Report on vaccination North-West Frontier Province 1904-1922 - 1904-1922
Year: 1904
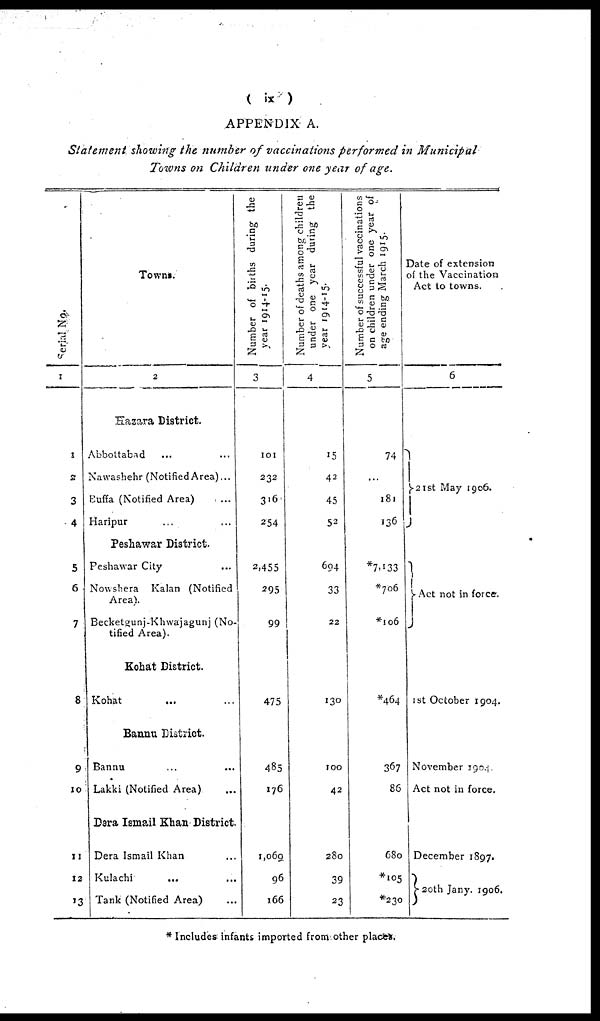
( ix )
APPENDIX A.
Statement showing the number of vaccinations performed in Municipal
Towns on Children under one year of age.
Serial No.
1
1
2
3
4
5
6
7
8
9
10
11
12
13
Towns.
2
Hazara District.
Abbottabad ... ...
Nawashehr (Notified Area)...
Buffa (Notified Area) ...
Haripur ... ...
Peshawar District.
Peshawar City ...
Nowshera
Kalan (Notified
Area).
Becketgunj-Khwajagunj (No-
tified Area).
Kohat District.
Kohat ... ...
Bannu District.
Bannu ... ...
Lakki (Notified Area) ...
Dera Ismail Khan District.
Dera Ismail Khan ...
Kulachi ... ...
Tank (Notified Area) ...
Number of births during the
year 1914-15.
3
101
232
316
254
2,455
295
99
475
485
176
1,069
96
166
Number of deaths among children
under one year during the
year 1914-15.
4
15
42
45
52
694
33
22
130
100
42
280
39
23
Number of successful vaccinations
on children under one year of
age ending March 1915.
5
74
...
181
136
*7,133
*706
*106
*464
367
86
680
*105
*230
Date of extension
of the Vaccination
Act to towns.
6
21st May 1906.
Act not in force.
1st October 1904.
November 1904.
Act not in force.
December 1897.
20th Jany. 1906.
* Includes infants imported from other places.